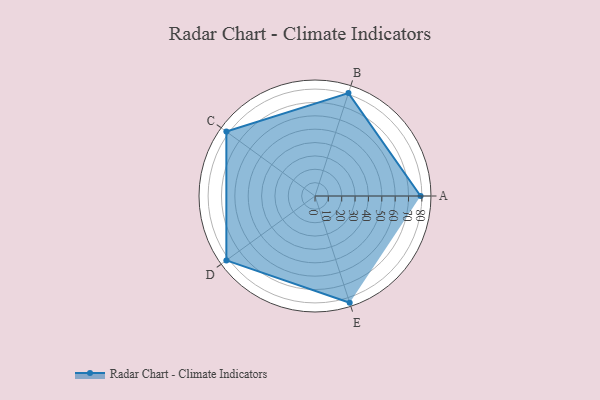
{"axis": {"x": "Skill", "y": "Score"}, "legend": ["Profile"], "data": [{"x": "A", "y": 79.0, "type": "Profile"}, {"x": "B", "y": 81.0, "type": "Profile"}, {"x": "C", "y": 82.0, "type": "Profile"}, {"x": "D", "y": 82.0, "type": "Profile"}, {"x": "E", "y": 84.0, "type": "Profile"}]}